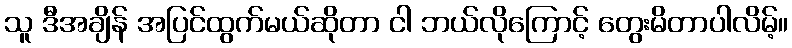
သူ ဒီအချိန် အပြင်ထွက်မယ်ဆိုတာ ငါ ဘယ်လိုကြောင့် တွေးမိတာပါလိမ့်။